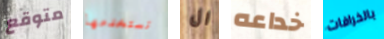
متوقع نستخدمها ال خداعه بالخرافات